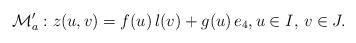
LaTeX: \begin{align*} \mathcal{M}'_a: z(u,v) = f(u)\, l(v) + g(u) \,e_4, u \in I, \, v \in J.\end{align*}